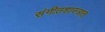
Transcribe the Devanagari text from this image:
संगीतशास्त्रात